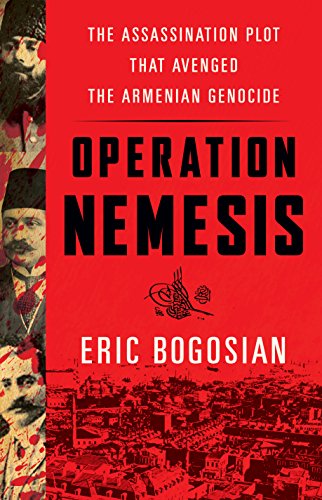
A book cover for Operation Nemesis: The Assassination Plot that Avenged the Armenian Genocide; Eric Bogosian; History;